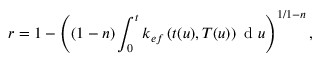
r = 1 - \left( ( 1 - n ) \int _ { 0 } ^ { t } k _ { e f } \left( t ( u ) , T ( u ) \right) \mathrm { ~ d ~ } u \right) ^ { 1 / 1 - n } ,